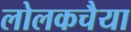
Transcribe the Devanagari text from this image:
लोलकचैया